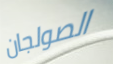
الصولجان